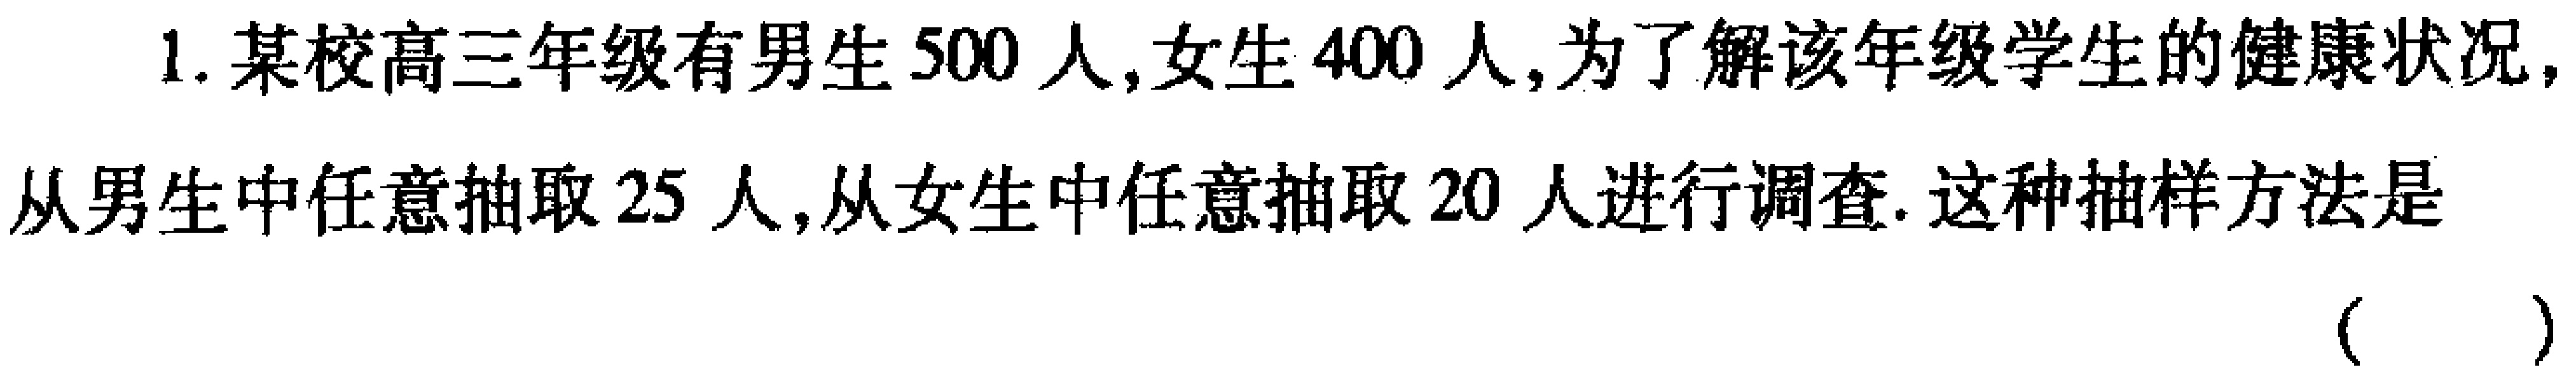
1. 某校高三年级有男生500人,女生400人,为了解该年级学生的健康状况,从男生中任意抽取25人,从女生中任意抽取20人进行调查. 这种抽样方法是（  ）